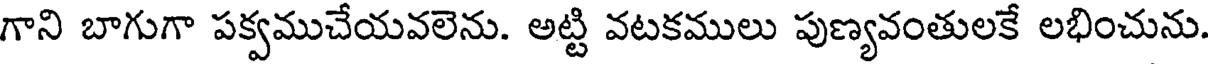
గాని బాగుగా పక్వముచేయవలెను. అట్టి వటకములు పుణ్యవంతులకే లభించును.